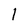
Character: 1